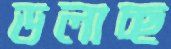
ডলাচ্ছ